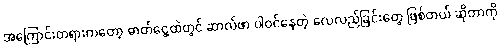
အကြောင်းတရားကတော့ ဓာတ်ငွေ့ထဲတွင် ဆာလ်ဖာ ပါဝင်နေတဲ့ လေလည်ခြင်းတွေ ဖြစ်တယ် ဆိုတာကို